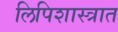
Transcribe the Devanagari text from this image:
लिपिशास्त्रात